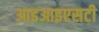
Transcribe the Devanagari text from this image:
आइआइएसटी